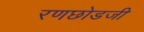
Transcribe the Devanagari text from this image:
रणछोडजी